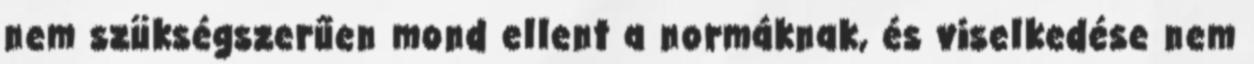
nem szükségszerűen mond ellent a normáknak, és viselkedése nem